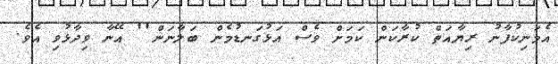
އެމަނިކުފާނު ރިޔާއަތް ކުރާކަން ކަމަށް ވެސް އަޅުގަނޑުމެން ބަލާނަން'' އޭނާ ވިދާޅުވި އެވެ.